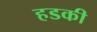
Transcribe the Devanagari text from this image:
हडकी